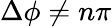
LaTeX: \Delta\phi\neq n\pi